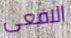
الافعى